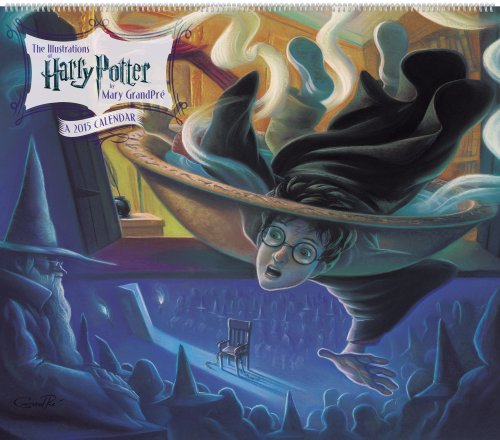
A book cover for Harry Potter Poster Calendar (2015): The Illustrations of Mary Grandpre; Day Dream; Calendars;